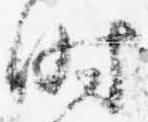
時